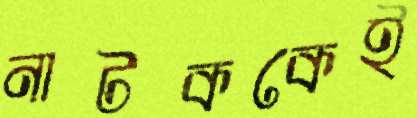
নাটককেই